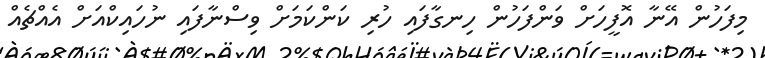
މިފަހުން އޭނާ އޮފީހަށް ވަންފަހުން ހިނގާފައި ހުރި ކަންކަމަށް ވިސްނާފައި ނުހައިކްއަށް އެއްޗެއް